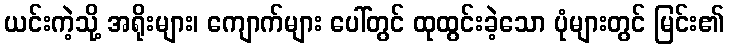
ယင်းကဲ့သို့ အရိုးများ၊ ကျောက်များ ပေါ်တွင် ထုထွင်းခဲ့သော ပုံများတွင် မြင်း၏